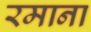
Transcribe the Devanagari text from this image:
रमाना